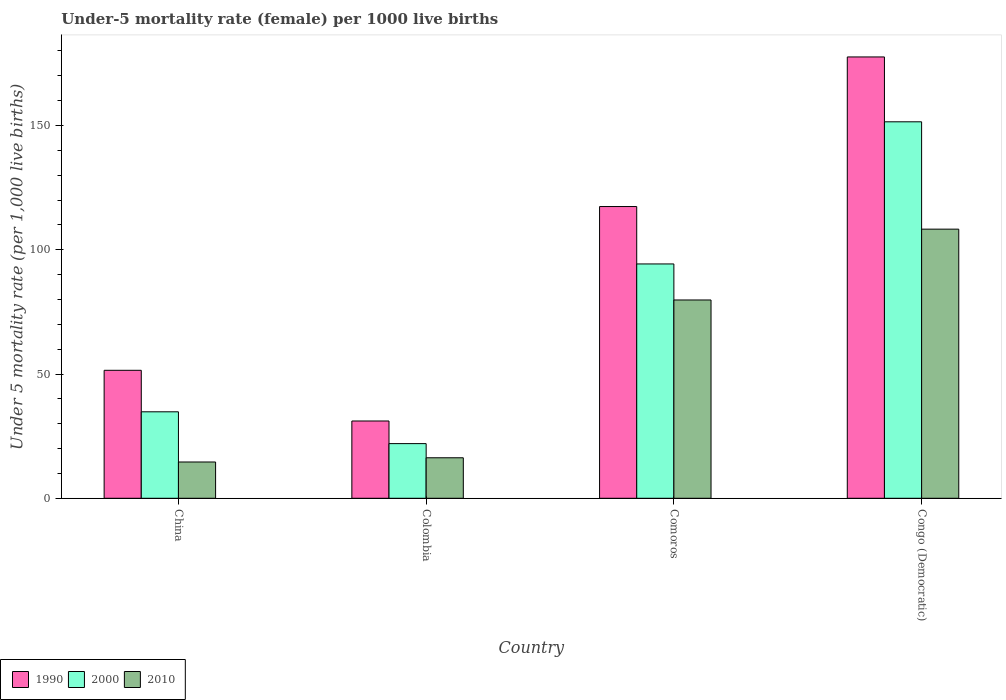
| Country | 1990 | 2000 | 2010 |
 | --- | --- | --- | --- |
 | China | 51.5 | 34.8 | 14.6 |
 | Colombia | 31.1 | 22 | 16.3 |
 | Comoros | 117 | 94.3 | 79.8 |
 | Congo (Democratic) | 178 | 152 | 108 |